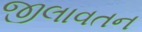
જીલાવતન